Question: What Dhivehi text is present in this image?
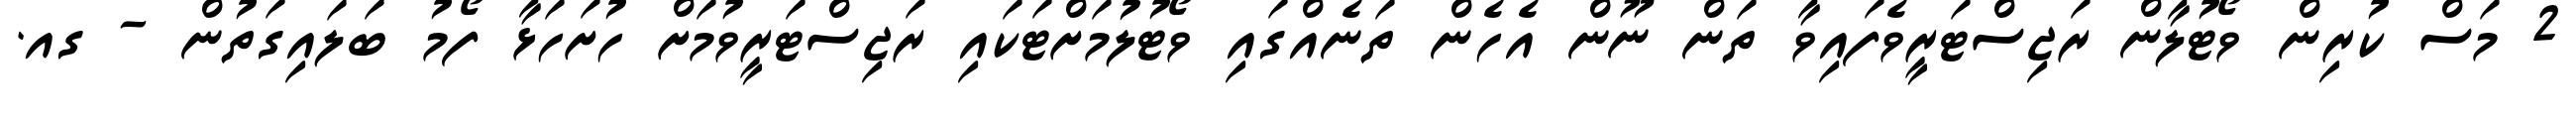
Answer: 2 މަސް ކުރިން ވޯޓުލާން ރަޖިސްޓަރީވެފައިވާ ތަން ނޫން އެހެން ތަނެއްގައި ވޯޓުލުމަށްޓަކައި ރަޖިސްޓަރީވުމަށް ހުށަހަޅާ ފޯމު ބަލައިގަތުން - ގއ.